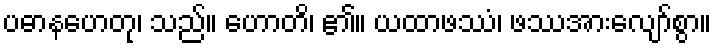
ပဓာနဟေတု၊ သည်။ ဟောတိ၊ ၏။ ယထာဖဿံ၊ ဖဿအားလျော်စွာ။